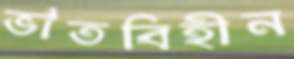
ভাতবিহীন